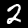
Label: 2